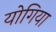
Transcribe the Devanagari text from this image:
योगिया